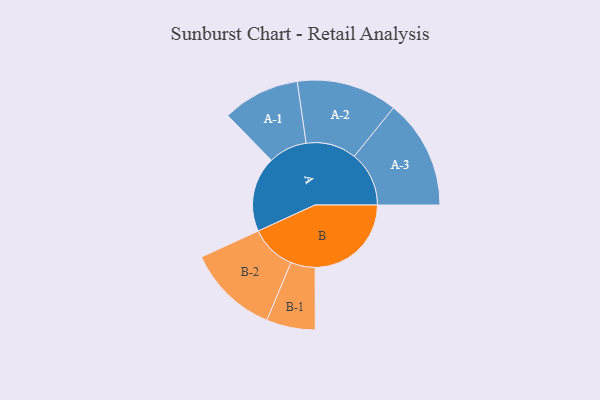
{"axis": {"x": "Segment", "y": "Value"}, "legend": ["", "A", "B"], "data": [{"x": "A", "y": 370, "type": ""}, {"x": "B", "y": 473, "type": ""}, {"x": "A-1", "y": 190, "type": "A"}, {"x": "A-2", "y": 248, "type": "A"}, {"x": "A-3", "y": 269, "type": "A"}, {"x": "B-1", "y": 120, "type": "B"}, {"x": "B-2", "y": 225, "type": "B"}]}